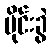
မိုင်းခွဲ